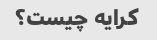
کرایه چیست؟